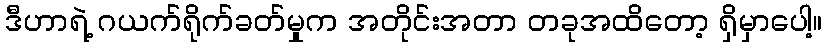
ဒီဟာရဲ့ ဂယက်ရိုက်ခတ်မှုက အတိုင်းအတာ တခုအထိတော့ ရှိမှာပေါ့။